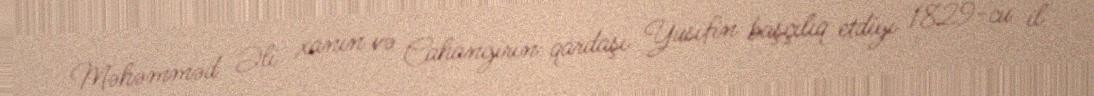
Məhəmməd Əli xanın və Cahangirin qardaşı Yusifin başçılıq etdiyi 1829-cu il